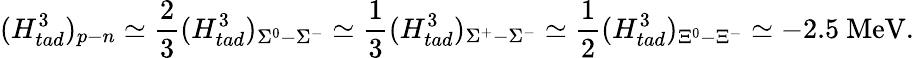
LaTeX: (H_{tad}^{3})_{p-n}\simeq\frac{2}{3}(H_{tad}^{3})_{\Sigma^{0}-\Sigma^{-}}\simeq\frac{1}{3}(H_{tad}^{3})_{\Sigma^{+}-\Sigma^{-}}\simeq\frac{1}{2}(H_{tad}^{3})_{\Xi^{0}-\Xi^{-}}\simeq-2.5\mathrm{~MeV}.